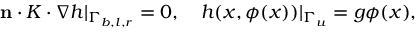
\begin{array} { r } { \mathbf { n } \cdot K \cdot \nabla h | _ { \Gamma _ { b , l , r } } = 0 , \quad h ( x , \phi ( x ) ) | _ { \Gamma _ { u } } = g \phi ( x ) , } \end{array}